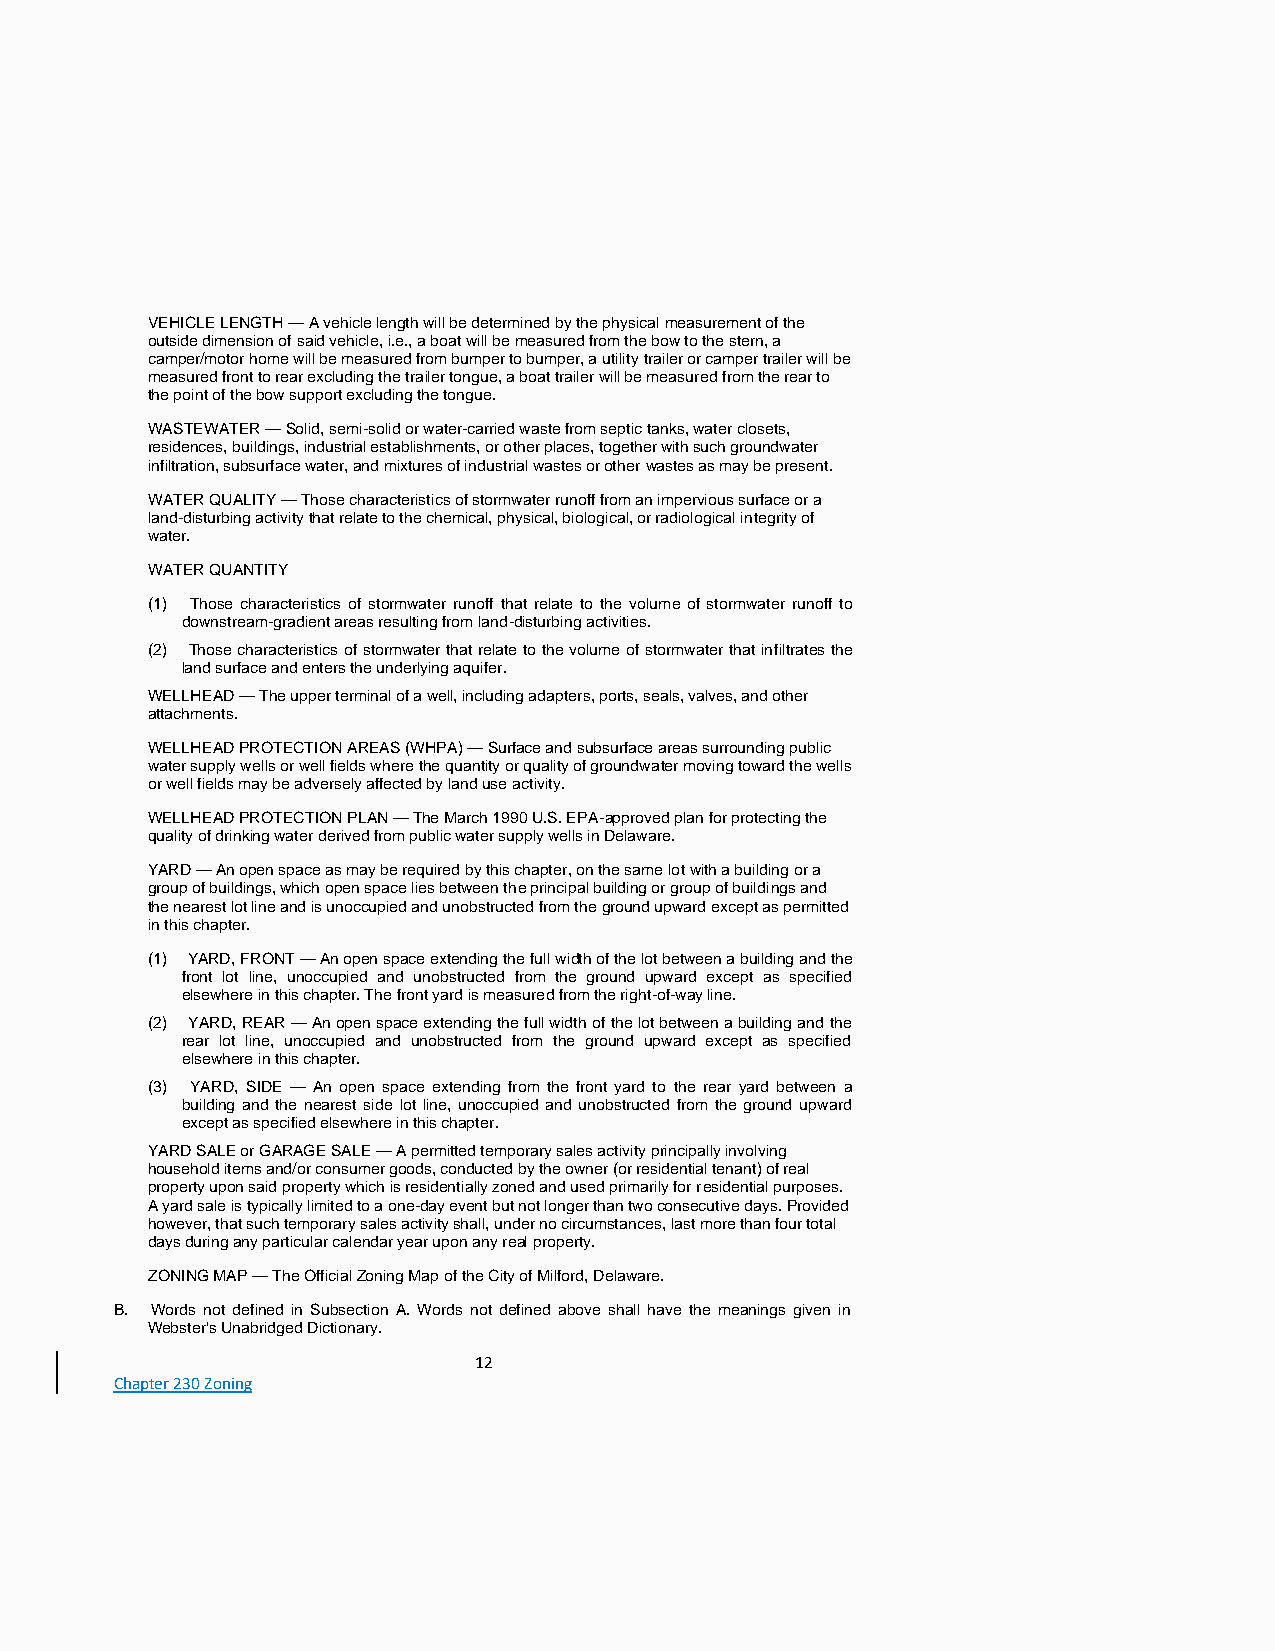
VEHICLE LENGTH — A vehicle length will be determined by the physical measurement of the
 outside dimension of said vehicle, i.e., a boat will be measured from the bow to the stern, a
 camper/motor home will be measured from bumper to bumper, a utility trailer or camper trailer will be
 measured front to rear excluding the trailer tongue, a boat trailer will be measured from the rear to
 the point of the bow support excluding the tongue.
 WASTEWATER — Solid, semi-solid or water-carried waste from septic tanks, water closets,
 residences, buildings, industrial establishments, or other places, together with such groundwater
 infiltration, subsurface water, and mixtures of industrial wastes or other wastes as may be present.
 WATER QUALITY — Those characteristics of stormwater runoff from an impervious surface or a
 land-disturbing activity that relate to the chemical, physical, biological, or radiological integrity of
 water.
 WATER QUANTITY
 (1) Those characteristics of stormwater runoff that relate to the volume of stormwater runoff to
 downstream-gradient areas resulting from land-disturbing activities.
 (2) Those characteristics of stormwater that relate to the volume of stormwater that infiltrates the
 land surface and enters the underlying aquifer.
 WELLHEAD — The upper terminal of a well, including adapters, ports, seals, valves, and other
 attachments.
 WELLHEAD PROTECTION AREAS (WHPA) — Surface and subsurface areas surrounding public
 water supply wells or well fields where the quantity or quality of groundwater moving toward the wells
 or well fields may be adversely affected by land use activity.
 WELLHEAD PROTECTION PLAN — The March 1990 U.S. EPA-approved plan for protecting the
 quality of drinking water derived from public water supply wells in Delaware.
 YARD — An open space as may be required by this chapter, on the same lot with a building or a
 group of buildings, which open space lies between the principal building or group of buildings and
 the nearest lot line and is unoccupied and unobstructed from the ground upward except as permitted
 in this chapter.
 (1) YARD, FRONT — An open space extending the full width of the lot between a building and the
 front lot line, unoccupied and unobstructed from the ground upward except as specified
 elsewhere in this chapter. The front yard is measured from the right-of-way line.
 (2) YARD, REAR — An open space extending the full width of the lot between a building and the
 rear lot line, unoccupied and unobstructed from the ground upward except as specified
 elsewhere in this chapter.
 (3) YARD, SIDE — An open space extending from the front yard to the rear yard between a
 building and the nearest side lot line, unoccupied and unobstructed from the ground upward
 except as specified elsewhere in this chapter.
 YARD SALE or GARAGE SALE — A permitted temporary sales activity principally involving
 household items and/or consumer goods, conducted by the owner (or residential tenant) of real
 property upon said property which is residentially zoned and used primarily for residential purposes.
 A yard sale is typically limited to a one-day event but not longer than two consecutive days. Provided
 however, that such temporary sales activity shall, under no circumstances, last more than four total
 days during any particular calendar year upon any real property.
 ZONING MAP — The Official Zoning Map of the City of Milford, Delaware.
 B. Words not defined in Subsection A. Words not defined above shall have the meanings given in
 Webster's Unabridged Dictionary.
 12
 Chapter 230 Zoning